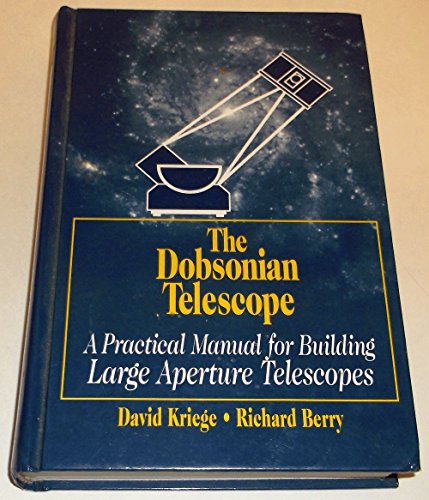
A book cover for The Dobsonian Telescope: A Practical Manual for Building Large Aperture Telescopes; David Kriege; Science & Math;